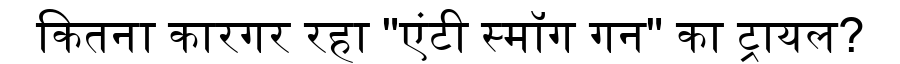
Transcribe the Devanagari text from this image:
कितना कारगर रहा "एंटी स्मॉग गन" का ट्रायल?